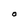
Character: O